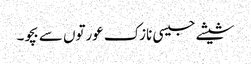
شیشے جیسی نازک عورتوں سے بچو۔